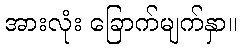
အားလုံး ခြောက်မျက်နှာ။